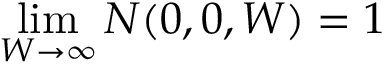
\operatorname* { l i m } _ { W \to \infty } N ( 0 , 0 , W ) = 1